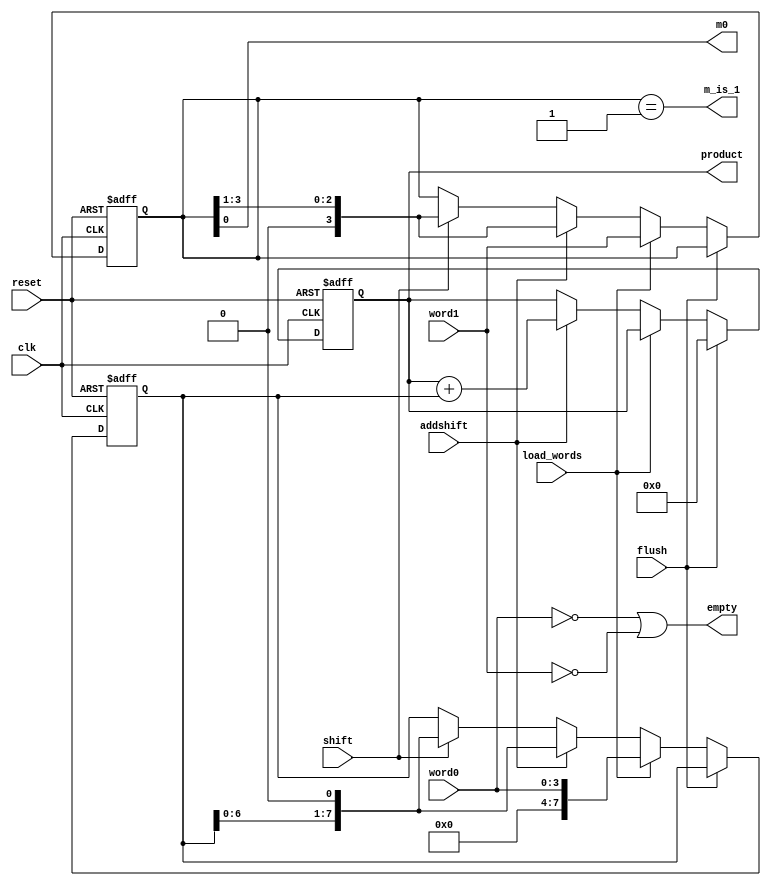

module datapath_unit    #(parameter word_length=4)(
                        output reg [2*word_length-1:0]  product,
                        output empty, m_is_1, m0,
                        input flush, shift, addshift, load_words,
                        input [word_length-1:0] word0, word1,
                        input clk, reset
);

    reg [2*word_length-1:0] multiplicand;
    reg [word_length-1:0]   multiplier;

    assign m0 =  multiplier[0];
    assign m_is_1 = (multiplier == 1);
    assign empty = ((word0 == 0) || (word1 == 0));

    always@(posedge clk, posedge reset)
        if (reset == 1'b1) begin
            product <= 0;
            multiplier <= 0;
            multiplicand <= 0;
        end
        else begin
            if (flush == 1) product <= 0;
            else if(load_words == 1) begin
                multiplicand <= word0;
                multiplier <= word1;
            end
            else if (addshift) begin
                product <= product+multiplicand;
                multiplicand <= multiplicand << 1;
                multiplier <= multiplier >> 1;
            end
            else if (shift) begin
                multiplicand <= multiplicand << 1;
                multiplier <= multiplier >> 1;
            end
        end
endmodule